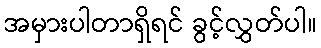
အမှားပါတာရှိရင် ခွင့်လွှတ်ပါ။